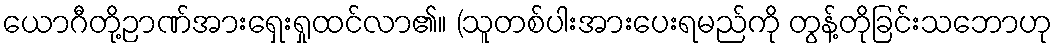
ယောဂီတို့ဉာဏ်အားရှေးရှုထင်လာ၏။ (သူတစ်ပါးအားပေးရမည်ကို တွန့်တိုခြင်းသဘောဟု